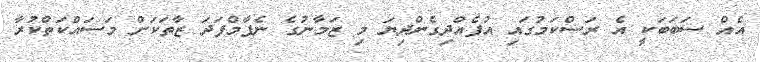
އެއް ސަބަބަކީ އެ ރަސްކަމުގައި އުފެއްދިގެންދިޔަ މި ޒަމާނުގެ ނެޕާމްފަދަ ޒާތަކަށް މަސައްކަތްކުރާ